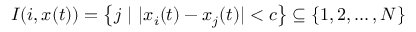
I ( i , x ( t ) ) = \left\{ j \ | \ | x _ { i } ( t ) - x _ { j } ( t ) | < c \right\} \subseteq \left\{ 1 , 2 , \ldots , N \right\}